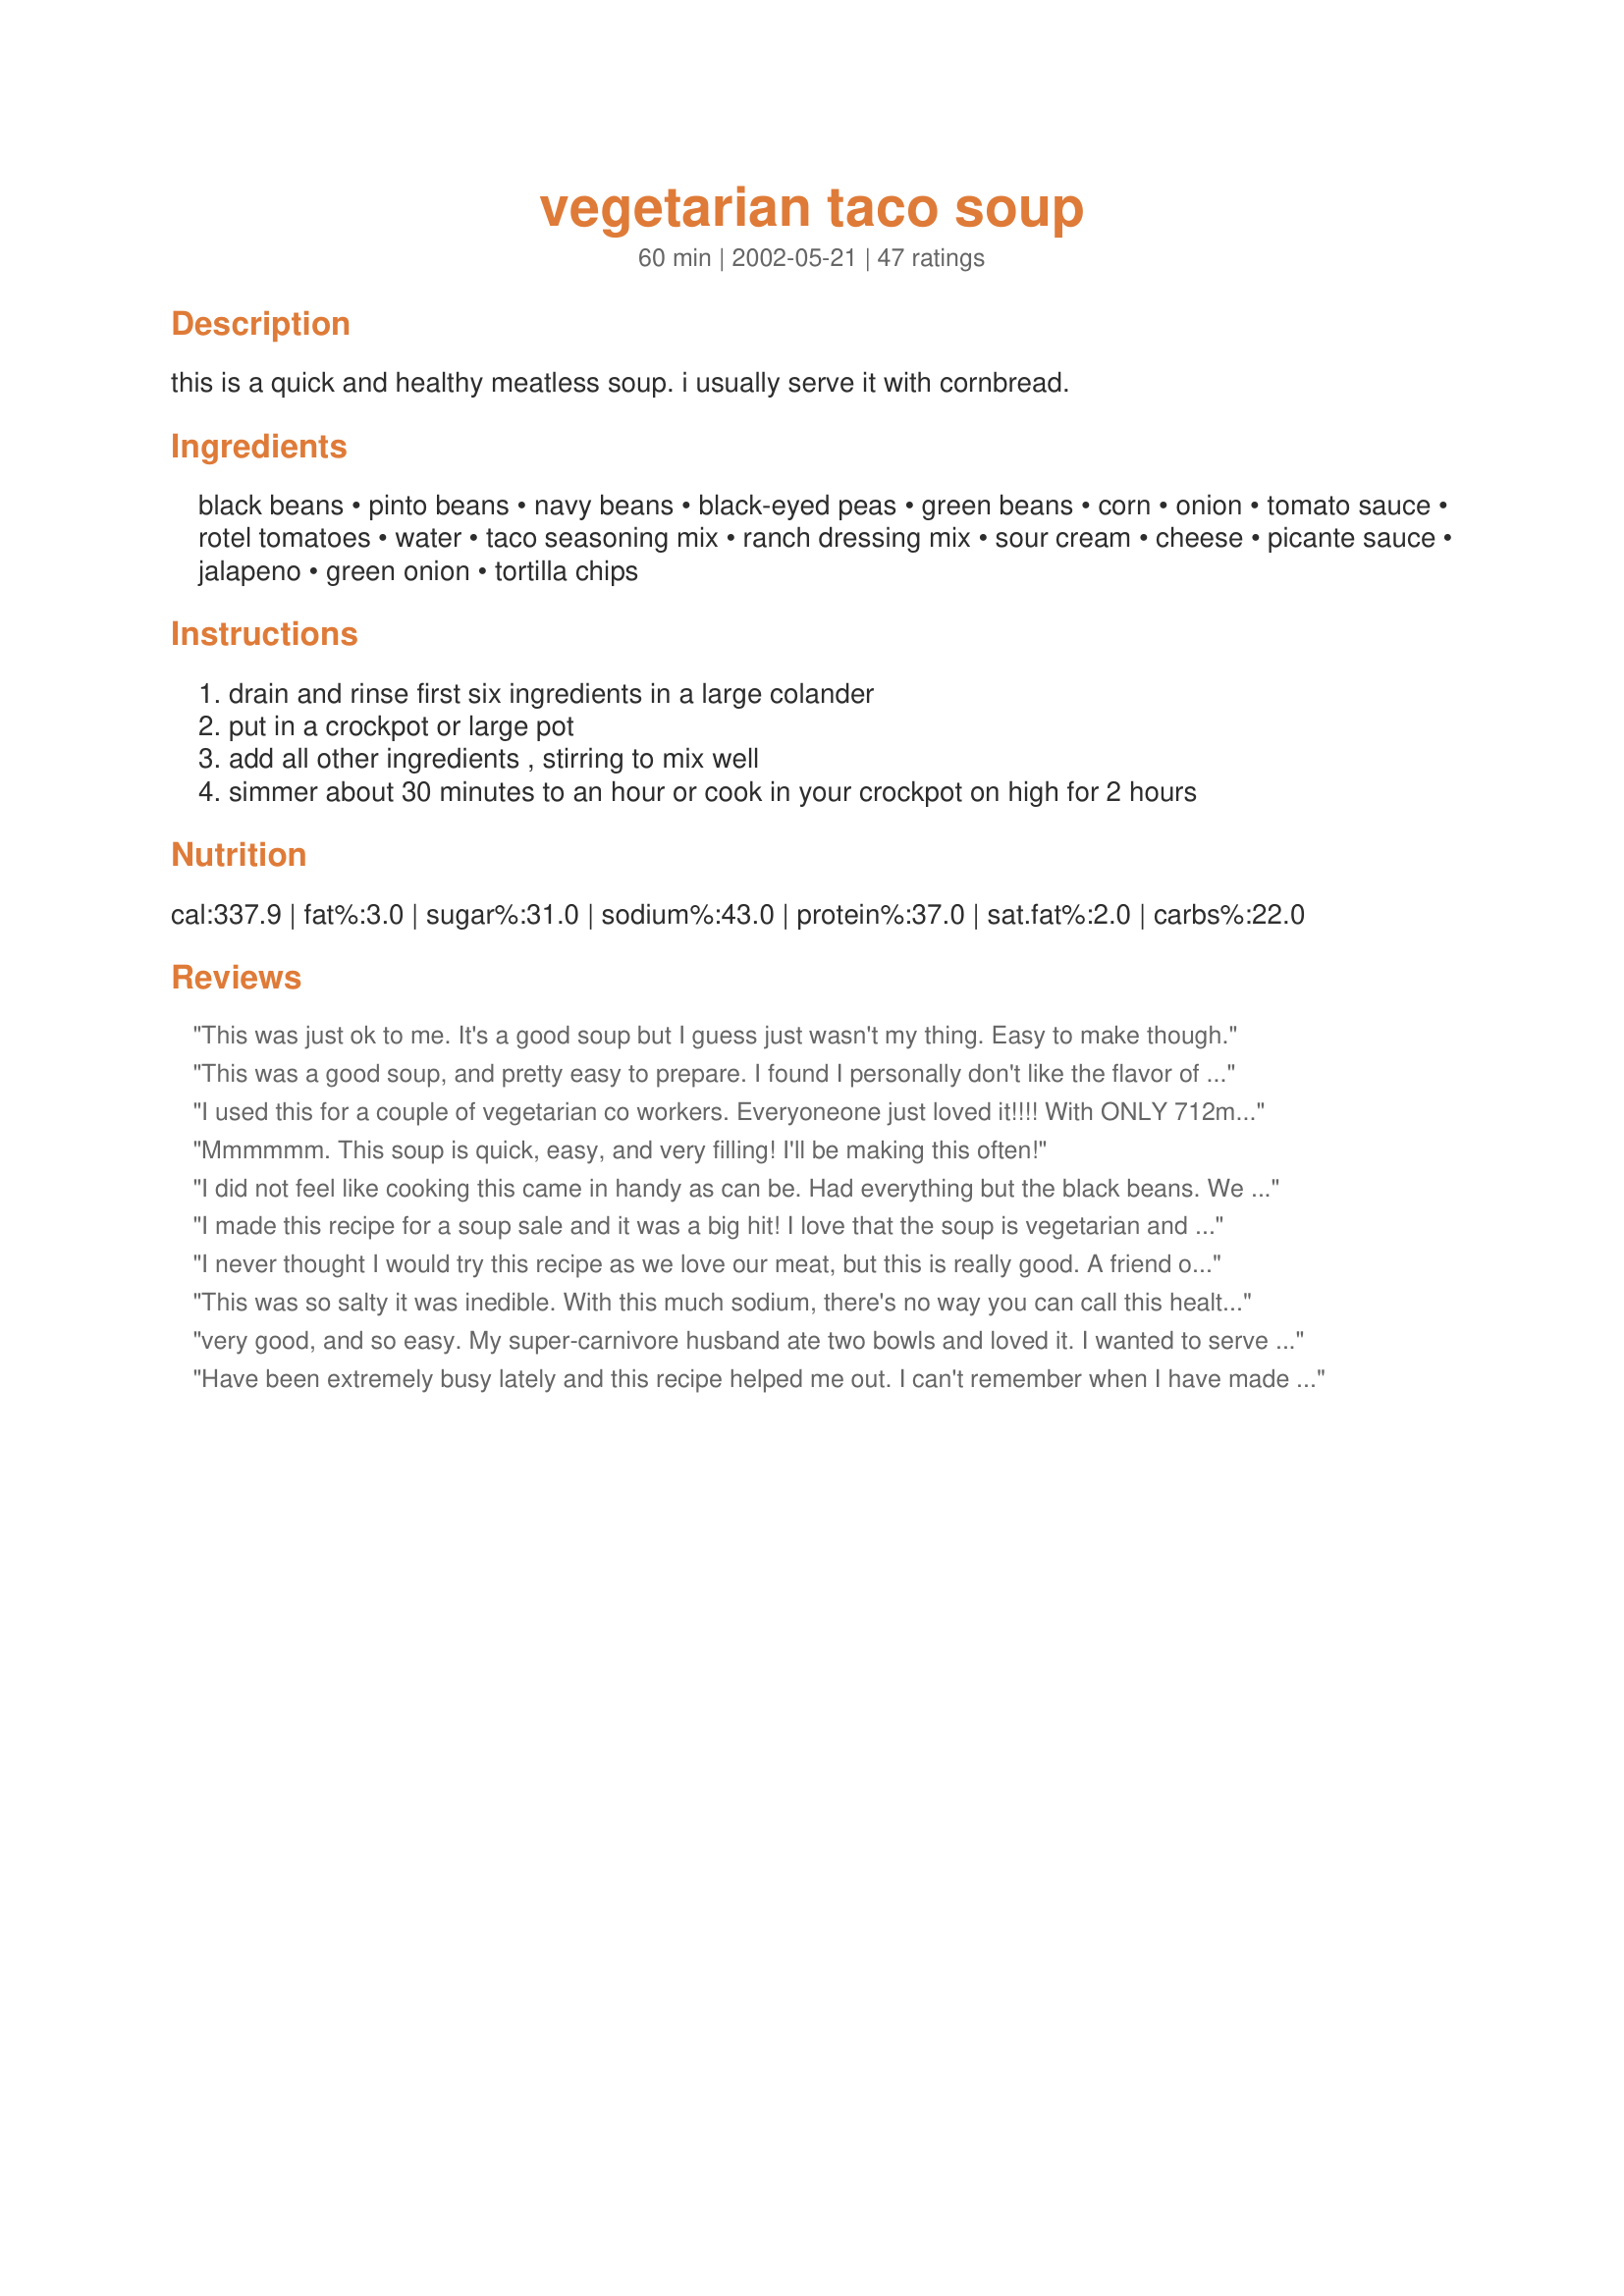
vegetarian taco soup
Preparation time: 60 minutes

this is a quick and healthy meatless soup. i usually serve it with cornbread.

Ingredients:
black beans, pinto beans, navy beans, black-eyed peas, green beans, corn, onion, tomato sauce, rotel tomatoes, water, taco seasoning mix, ranch dressing mix, sour cream, cheese, picante sauce, jalapeno, green onion, tortilla chips

Steps:
drain and rinse first six ingredients in a large colander, put in a crockpot or large pot, add all other ingredients , stirring to mix well, simmer about 30 minutes to an hour or cook in your crockpot on high for 2 hours

Reviews:
This was just ok to me. It's a good soup but I guess just wasn't my thing. Easy to make though.
This was a good soup, and pretty easy to prepare. I found I personally don't like the flavor of black-eyed peas, so I would leave them out if I made this again. The ranch dressing is what makes this soup good--don't skimp on that. I rinsed my beans so it wasn't too salty. I didn't have pinto or navy beans, so I used a can of white kidney (cannellini) beans, and the rest was black beans. I served with a dollop of fat free sour cream on top and that was really good.
I used this for a couple of vegetarian co workers. Everyoneone just loved it!!!! With ONLY 712mg sodium not much salt at all. helps if you dont add your own salt and spoil a recipe
Mmmmmm. This soup is quick, easy, and very filling! I'll be making this often!
I did not feel like cooking this came in handy as can be. Had everything but the black beans. We loved this. Has a good spicey taste. I added some celery and bell pepper and carrots. Topped with sour cream and tortilla chips. Very Good.
I made this recipe for a soup sale and it was a big hit! I love that the soup is vegetarian and simmering the soup brought the flavors together. I did double the recipe and did without the green beans. Thanks for sharing Junebug!
I never thought I would try this recipe as we love our meat, but this is really good. A friend of mine tried it and had me taste, so delicious. I am planning on making it for my family next week so hope they like as much as i did. The veggies are a nice alternative to the meat. Thank you for posting and opening my eyes to more food.
This was so salty it was inedible. With this much sodium, there's no way you can call this healthy. I ended up straining off all the broth and starting over in order to avoid throwing it all away. If you want to try this recipe, I would recommend adding the ranch dressing mix and taco seasoning a little at a time and tasting as you go.
very good, and so easy. My super-carnivore husband ate two bowls and loved it. I wanted to serve the rest for lunches during the week, so I had to hide it!

It was too spicy for my kids, so next time I will use mild rotel, or sub plain tomatoes.
Have been extremely busy lately and this recipe helped me out. I can't remember when I have made something this easy--just required opening up a few cans and packets. I made it in the crockpot so I could go take care of some errands while it was cooking. I used hot-n-spicy Rotel because we like plenty of zing. I divided the soup into individual serving containers and put them in the freezer. My husband and I took this for lunch a couple of days this week. Very tasty and I sprinkled a little cheddar on top and ate mine with tortilla chips. Thanks Junebug--this one is great for OAMC.
This merits five stars for both taste and ease of preparation. Every week from late September until late March I have "soup night" at my house for friends and family. I make one pot of an old favorite and try one new recipe. Tonight I decided to try this because many of my friends stay away from meat during Lent. Everyone loved it--even the picky eaters. This will definitely go into the regular rotation. Thanks for a great recipe Junebug--I'm going to look for more of your recipes.
This is a great gluten-free recipe- just make sure to check the taco seasoning and the ranch dressing mix.
Excellent! And I'm not even a vegetarian! :) I made it exactly as directed.
This is so easy to make and taste great. A definite keeper! Thanks for sharing this recipe Junebug!
I have to admit I was a little sketchy after looking at the ingredients but after reading all the reviews I decided to try it anyway- wow, what a pleasant surprise! I love it! The EASIEST thing I've ever made I think. I can see this becoming a staple in our house. Thanks for sharing!!!
Thank you! This is a wonderful recipe. Very easy to make and wonderful as leftovers. I left out the onions and also added spicy rotel.
This was very easy to make. In fact, my 13 year old was the one who made it for dinner. The only suggestion my children had was to leave out the green beans next time.
This soup was very good, I didn't have navy beans or black-eyed peas, so I used butter beans and kidney beans for those two. Other than that no changes. Both me and DH liked it. Added shredded cheddar cheese on top with some crackers and tobasco. Perfect on a cold rainy night like tonight.
Great taste. I would cut down on the ranch dressing mix b/c it tasted a bit too salty after all the canned beans. Then the sour cream at the end can be mixed in to give it that milky look / flavor.
What a kick this had! I only used black and pinto beans and added some green chilies. I used more/less of a lot of the ingredients as well since I sight measured. Very good.
This was wonderful! I couldn't find the kidney beans, so I added hominy instead. Topped it off with sour cream and a little cheese and it was great!
Wonderful! I thought I would be brave and use hot taco seasoning. Wow it was hot! Perfect if you like spice. I couldn't find rotel so I had to leave it out, which worked out fine. I added a little garlic salt and fresh ground pepper. I am so glad there were leftovers to eat the rest of the week. Served with cheddar and fritos on top. Thanks, Junebug!
Fantastic recipe! My husband and I temporarily have some serious diet restrictions (no dairy/eggs, meat, oil) and this is one of the few recipes that fits the bill! I've been eating it three days in a row. It's very chili like, especially since I subbed chili for taco seasoning. Thanks!
Great! Used to eat a chicken taco soup in my pre-vegetarian days, and since going meat-free, decided to try and find a similar version. Wow - I think this is just as good if not better than the old soup I used to love. This is now my new favorite meal - cooked in a crockpot the first night, then took some for leftovers throughout the week and even had enough to freeze some more. Perfect with sour cream, shredded cheese, and tortilla chips (small bite-sized white round are the best to spoon it up!).
I teach a high school foods class and we were studying legumes. We made this recipe, topping with sour cream, cheese, Tobasco sauce and tortilla chips. While making, the students weren't too sure about the look of it. Not a single student in the class of 25 disliked it. I've never found a recipe so well liked by all the students. It was easy to make, starting the first one hour period and reheating the next day. Many of the students requested a second copy of the recipe to take home! Great job!
Super easy and filling. I was hoping for a little more flavor so I might try using veggie broth instead of water. Thanks for sharing the recipe!
Outstanding and so easy! :)
This soup is fabulous and so easy to make. All those different beans gave an interesting flavor and appearance. The seasoning with the taco mix and ranch mix was quite good. We ate on this a couple of days and then I froze the rest for later. Thanks Junebug. My family and I love this soup.
Ok, well for some reason I can get my star rating to work but. I easily give this 4.5 stars. I am really just getting started with eating vegetarian so its a journey. I followed the recipe completely except for green beans and black eyed peas (didn't have them) after reading other reviews I also rinsed and rinsed and rinsed the beans, I also used low sodium taco seasoning after this it was still a bit salty, but cheese helped tone it down. Wonderful recipe, even our teenager went back for more!!
One of my family's favorite soups. DS cannot get enough. He keeps asking for it. Thanks.
I served this at a party and it was a big hit! It's easy to make and it tastes great.
I made this recipe and allowed it to sit until dinnertime, roughly 2+ hours. I let my family know there were condiments on hand they may want to add (cheese, chips and sour cream) and off I went to work. Shortly after dinner, I received an enthusiastic email from my family praising this recipe. Thanks Junebug! This recipe is a Mom's best friend.
Thanks SO much for this! As a vegetarian in an omni family, this was something we all enjoyed! Yummy spicy flavor :)
Simple soup, easy to prepare with wonderful flavor! I used low sodium vegetable broth instead of water and cannellini beans instead of the pinto, as that is what I had on hand. Otherwise I made this recipe as directed. I sprinkled with crushed blue corn tortilla chips and a little shredded Monterey Jack cheese. We will most definitely make this again. Thank you, Junebug!
Great soup. It tastes a lot like my vegetarian chili, but a lot thicker with more veggies. I had a ton of stuff to do yesterday, so I spent only about ten minutes throwing this together and let it simmer on the stove while I got my stuff done! Great! I followed the recipe exactly--perfect!
I loved this soup. So did DH. I did not use the ranch dressing packet because the first ingredient on it was salt. I did use a low sodium version of taco seasonings which was very spicy. It had the kick and comfort we needed on this cold winter day in the midwest. Edited to say, I'm sorry, I would have given it 5 stars if I had remembered.
What a great soup! We loved this soup just like the recipe, but the second time I made it UN-vegetarian (sorry!) by adding two skinless chicken breasts, grilled and seasoned with chili powder, then shredded. Also threw in some bell pepper and a little cilantro, and used the spicy rotel. Very delicious topped with sour cream, a little cheese, and chips.
For a single guy, who doesn&#039;t cook and wants to eat healthy, this is a perfect and very easy soup to make...absolutely LOVE IT!!!! Highly recommend...thank you!!!!
My BF had this soup at a coworker's house when he was on a business trip in Texas, got the recipe for me before I joined 'zaar, then I found the recipe here too which gave me the impetus to finally make it. Now I can say we both love it!!! If you don't have rotel available where you live (we don't) just substitute any can of tomatoes and chile from the Mexican section of the grocery store. Needless to say, this is a fantastic dish to serve to company and very, very popular too!
I have made this for many, many people and one baby shower. Everyone loves it and wants the recipe!
Expecting vegetarian guests for the weekend, I agonized over what to make in order not to offend there palates. This was an instant hit! I made the recipe exactly as posted and served a warm cheese bread for dipping. To please my meat-lover DH, I made Tiny Taco Meatballs as one of the "condiments" so he could add the meat factor into his bowl. Thanks so much for helping me show my guests a good time! This goes in my Soup-Keepers cookbook!
This is delicious and so easy! I added a chopped carrot, which went well with it. My husband said this is his new favorite soup, after I served it with cheddar cheese and a spoon of sour cream on top. I also froze some individual servings which reheated very well. Awesome!
I'm a bit of wuzzie for heat so even with the milder rotel tomatoes this is plenty hot. This is tasty and very filling. I eat one measured cup as a lunch portion and I'm getting much more than 8 servings. I didn't add the black-eyed peas. Not something I have on hand. Used an extra can of some beans, I think black beans and I used cannelini beans. Very good.
I thought this was great. It's not a lot of liquid for all of those ingredients, so if you want it more soupy, you would probably want to add more liquid. I used the 4 types of beans I had on hand - black, pinto, white, and kidney. I used dried onion and regular rotel. Everything else was to spec. I served with quesadilla wedges and sour cream and cheese. I thought it was a delicious and easy meal and so did my 1 yr old. Leftovers were quite thick as the liquid had dried up, so I had to add more water to make it soupy again, but it still tasted fine and had enough seasoning.
i would have never thought in my life to use ranch dressing . this was great . only thing i did was used fresh green beans and some green pepper . thanks junebug
 its even better the next day!!!
Made this up for fourteen of my co-workers for lunch. Everybody loved it! I had to double it to accomodate everybody, but that was simple! (I put it all together in about 15 minutes, then cooked it for three hours in a crock pot.)
I would recommend this dish for any group, large or small! Well done!
Very quick, very tasty, spicy, and made A LOT! Left out the green beans since I didn't have any on hand. Used Rotel with Lime and Cilantro, and Margaret Holmes Seasoned Pinto Beans un-rinsed. Topped with sour cream, sliced green onions and sharp cheddar. Ate so much I was miserable.................but couldn't wait to have it again for lunch the next day ;o)
